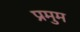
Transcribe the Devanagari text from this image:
प्रमुम